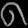
Digit: ၈